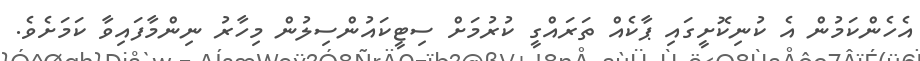
އެހެންކަމުން އެ ކުނިކޮށީގައި ޕާކެއް ތަރައްގީ ކުރުމަށް ސިޓީކައުންސިލުން މިހާރު ނިންމާފައިވާ ކަމަށެވެ.